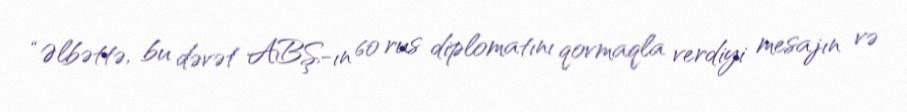
“Əlbəttə, bu dəvət ABŞ-ın 60 rus diplomatını qovmaqla verdiyi mesajın və